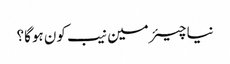
نیا چیئرمین نیب کون ہوگا؟